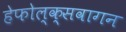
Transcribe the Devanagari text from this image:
हेफोल्क्सवागन